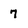
Character: 7